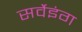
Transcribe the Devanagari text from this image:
सर्वेइंग